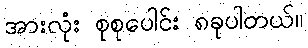
အားလုံး စုစုပေါင်း ၈ခုပါတယ်။